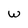
Character: W